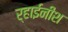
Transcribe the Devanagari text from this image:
र्‍हाईनीश